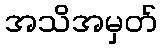
အသိအမှတ်